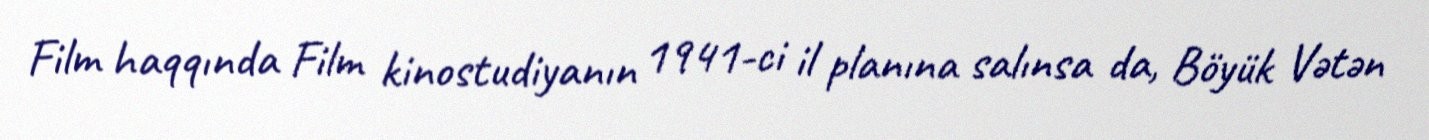
Film haqqında Film kinostudiyanın 1941-ci il planına salınsa da, Böyük Vətən